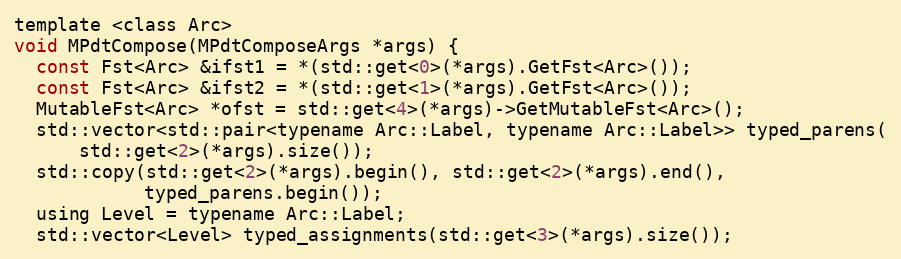
Language: C
template <class Arc>
void MPdtCompose(MPdtComposeArgs *args) {
  const Fst<Arc> &ifst1 = *(std::get<0>(*args).GetFst<Arc>());
  const Fst<Arc> &ifst2 = *(std::get<1>(*args).GetFst<Arc>());
  MutableFst<Arc> *ofst = std::get<4>(*args)->GetMutableFst<Arc>();
  std::vector<std::pair<typename Arc::Label, typename Arc::Label>> typed_parens(
      std::get<2>(*args).size());
  std::copy(std::get<2>(*args).begin(), std::get<2>(*args).end(),
            typed_parens.begin());
  using Level = typename Arc::Label;
  std::vector<Level> typed_assignments(std::get<3>(*args).size());